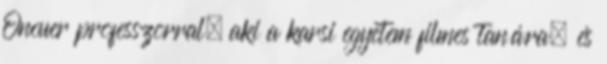
Oncuer professzorral, aki a karsi egyetem filmes tanára, és